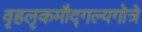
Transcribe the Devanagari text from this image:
वृहलृकमौद्गल्यगोत्रे